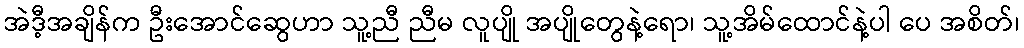
အဲဒီ့အချိန်က ဦးအောင်ဆွေဟာ သူ့ညီ ညီမ လူပျို အပျိုတွေနဲ့ရော၊ သူ့အိမ်ထောင်နဲ့ပါ ပေ အစိတ်၊